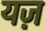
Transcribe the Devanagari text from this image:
यज़